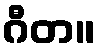
ဂီတ။